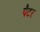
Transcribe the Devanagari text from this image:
पैटर